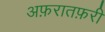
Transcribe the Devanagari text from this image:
अफ़रातफ़री